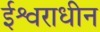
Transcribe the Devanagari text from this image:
ईश्वराधीन